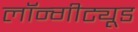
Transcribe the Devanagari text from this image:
लॉन्गीट्यूड